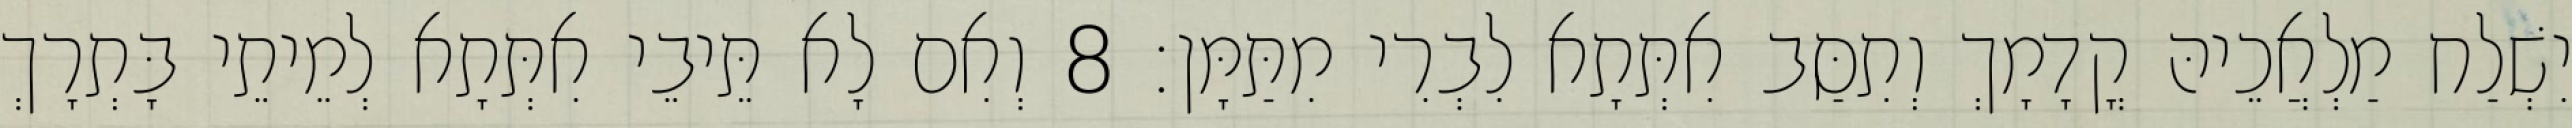
יִשְׁלַח מַלְאֲכֵיהּ קֳדָמָךְ וְתִסַּב אִתְּתָא לִבְרִי מִתַּמָּן׃ 8 וְאִם לָא תֵּיבֵי אִתְּתָא לְמֵיתֵי בָּתְרָךְ